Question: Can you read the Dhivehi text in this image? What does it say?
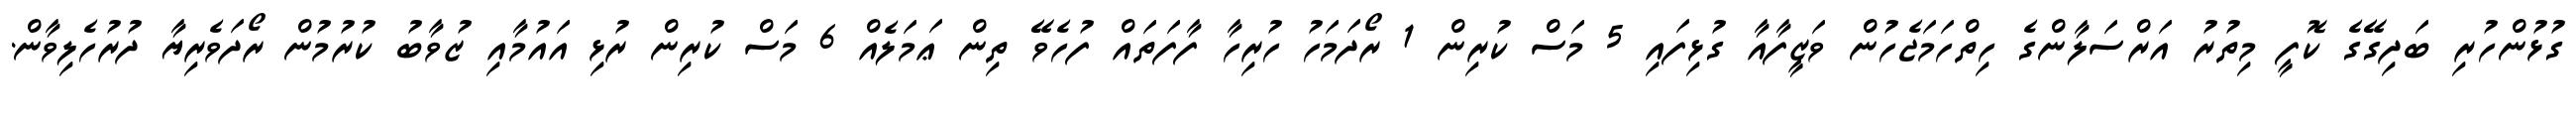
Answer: ގުޅުންހުރި ބަދިގޭގެ ކޮފީ މިތުރު އަރްސަލާންގެ ހިތްހަމަޖެހުން ވަޒީފާއާ ގުޅިފައި 5 މަސް ކުރިން 1 ރޯދަމަހު ހުރިހާ ފާފަތައް ފުހެވޭ ތިން ޢަމަލެއް 6 މަސް ކުރިން ރުޅި އައުމާއި ޒުވާބު ކުރުމުން ރޯދަވެރިޔާ ދުރުހެލިވާން.